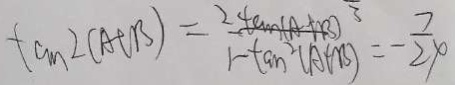
\tan \angle ( A + B ) = \frac { 2 \tan ( A + B ) ^ { 3 } } { 1 - \tan ^ { 2 } ( A + B ) } = - \frac { 7 } { 2 4 }